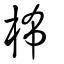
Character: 柨